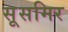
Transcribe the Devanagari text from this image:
सूसमिर